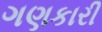
ગણકારી